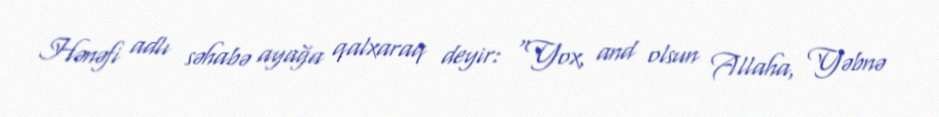
Hənəfi adlı səhabə ayağa qalxaraq deyir: “Yox, and olsun Allaha, Yəbnə